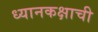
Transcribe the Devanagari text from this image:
ध्यानकक्षाची